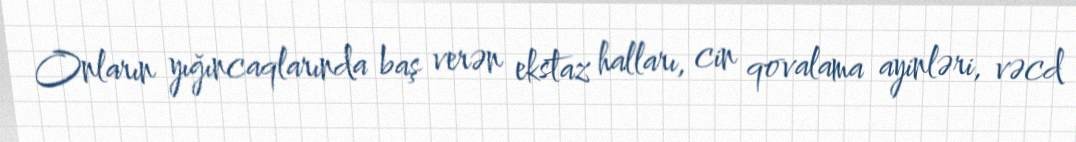
Onların yığıncaqlarında baş verən ekstaz halları, cin qovalama ayinləri, vəcd